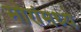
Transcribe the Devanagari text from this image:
मोरांमध्ये